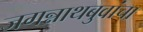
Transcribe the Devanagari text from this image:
जगन्नाथबुवांचा